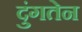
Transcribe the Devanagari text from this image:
दुंगतेन